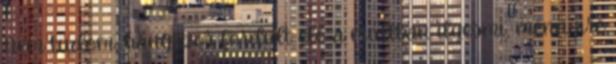
Nem tudom, hányszor fordult elő a múltban ilyesmi, mennyire